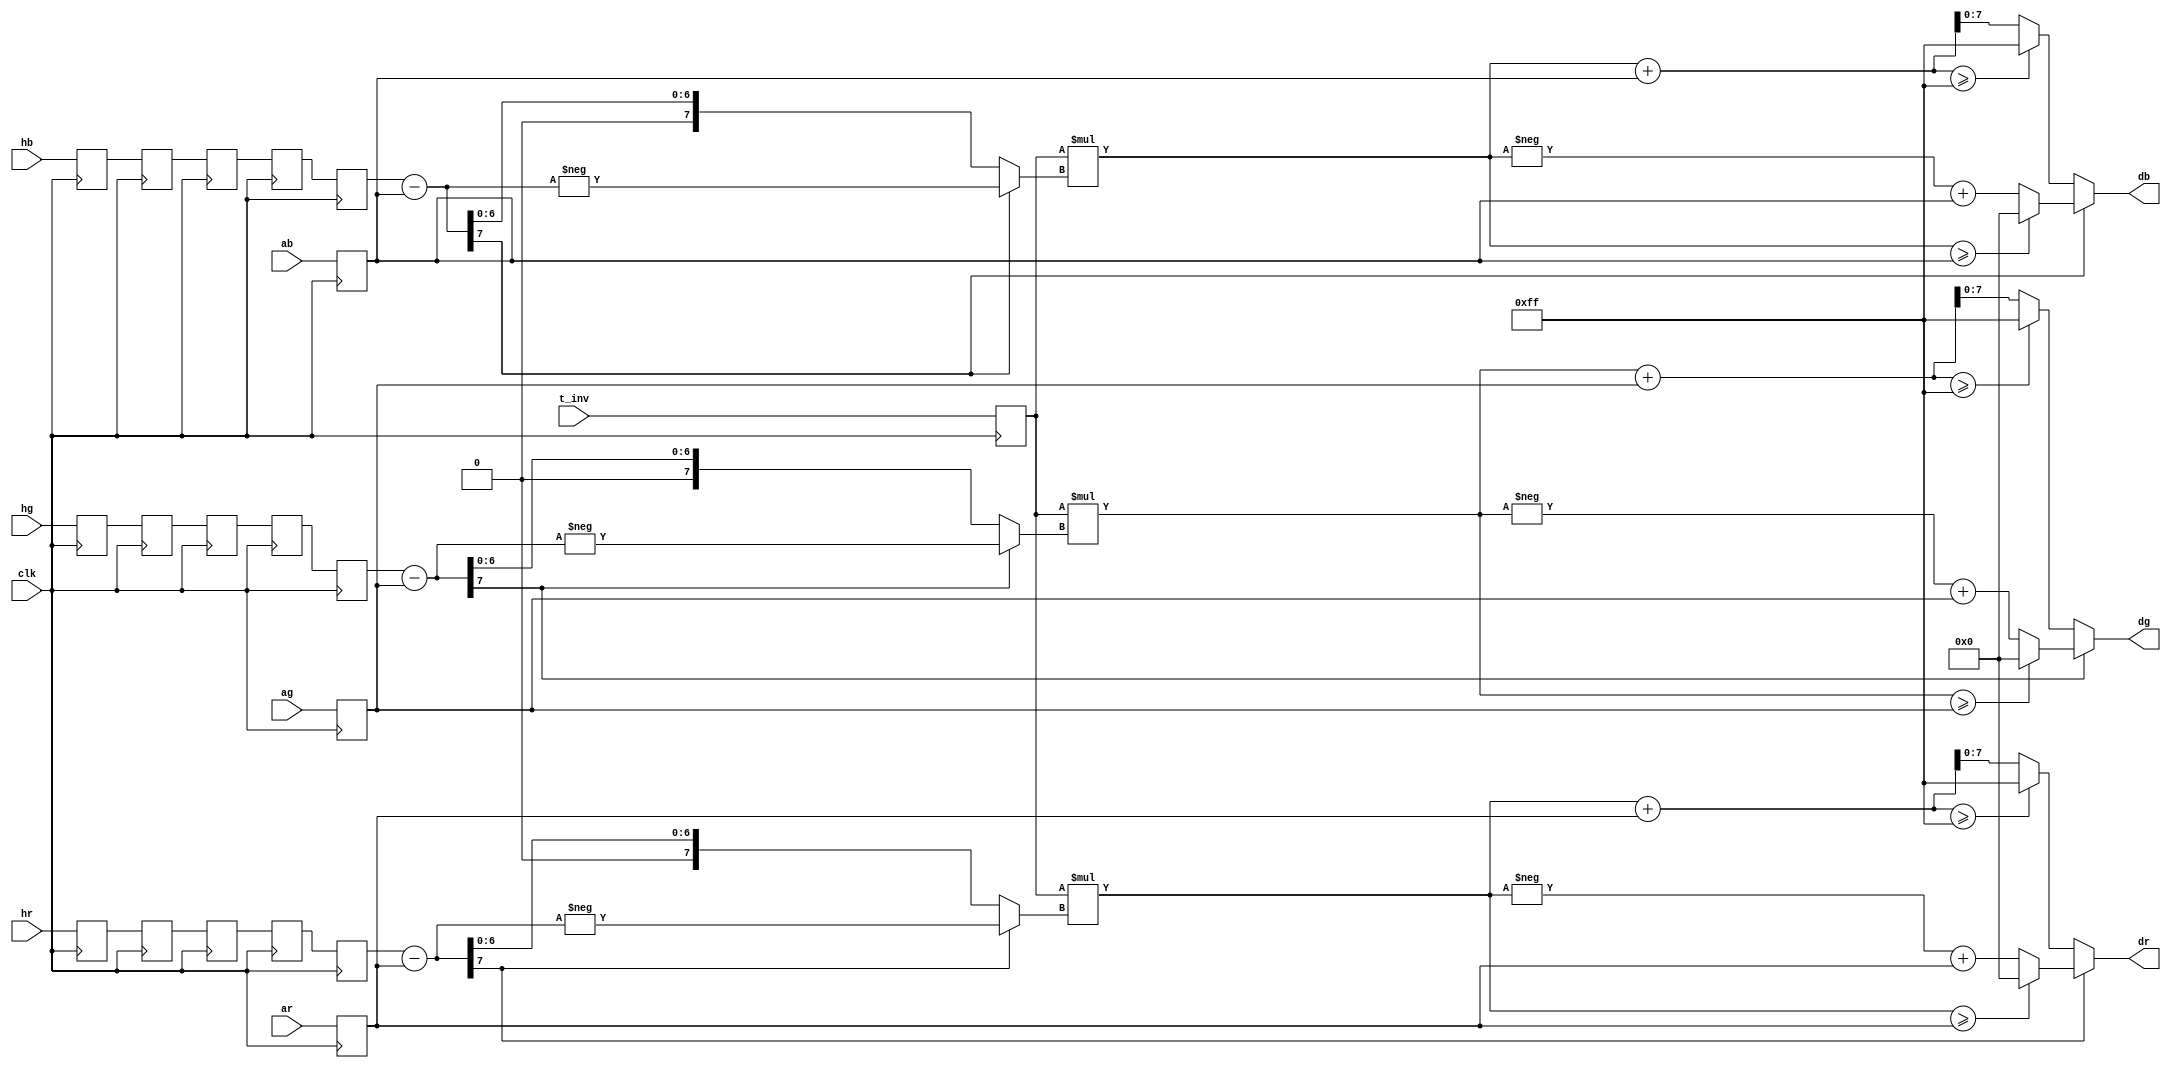
`timescale 1ns / 1ps

module scene_restoration(
input clk,
input [7:0] hr,hb,hg,
input [7:0] ar,ab,ag,
input [11:0] t_inv,
output [7:0] dr,dg,db
    );

wire [7:0]sub_r,check_r,check_b,check_g;
wire [7:0]sub_b;
wire [7:0]sub_g;
  
reg [7:0]temp_r,temp_b,temp_g,temp1r,temp1g,temp1b,temp2r,temp2g,temp2b,temp3r,temp3g,temp3b,temp4r,temp4g,temp4b,temp5r,temp5g,temp5b;

reg [11:0] temp_t;

    wire [7:0]s_r;
    wire [7:0]s_b;
    wire [7:0]s_g;
    
    
wire [7:0] sub_out1;    
reg [7:0] PR1,PR2,PR3,shift_out1,shift_out2,shift_out3;
wire [17:0] mul_r,mul_b,mul_g;


always@(posedge clk)
begin
        temp_t<=t_inv;
        temp_r<=ar;
        temp1r <= hr;
        temp2r <= temp1r;
        temp3r <= temp2r;
        temp4r <= temp3r;
        temp5r <= temp4r;
        
        
        temp_b<=ab;
        temp1b <=hb;
        temp2b <= temp1b;
        temp3b <= temp2b;
        temp4b <= temp3b;
        temp5b <= temp4b;
        
        
        
        
        temp_g<=ag; 
        temp1g<=hg;
        temp2g<= temp1g;
        temp3g<= temp2g;
        temp4g<= temp3g;
        temp5g<= temp4g;
        
        
        
        
 end
 
assign sub_r = (temp5r - temp_r);
assign sub_g = (temp5g - temp_g);
assign sub_b = (temp5b - temp_b);

 assign check_r = (sub_r[7]==0)?(sub_r):(-sub_r);
       assign check_g = (sub_g[7]==0)?(sub_g):(-sub_g);
        assign check_b = (sub_b[7]==0)?(sub_b):(-sub_b);
    
        

    assign  mul_r = temp_t*check_r;
    assign mul_b = temp_t*check_b;
     assign mul_g = temp_t*check_g;
     
        
        
       assign s_r = mul_r[7:0];
       assign s_b = mul_b[7:0];
       assign s_g = mul_g[7:0];
       
       
       
assign  dr=(sub_r[7]==0)?((s_r+temp_r>=255)?255:(s_r+temp_r)):((s_r>=temp_r)?0:(-s_r+temp_r));
assign  dg= (sub_g[7]==0)?((s_g+temp_g>=255)?255:(s_g+temp_g)):((s_g>=temp_g)?0:(-s_g+temp_g));
assign  db= (sub_b[7]==0)?((s_b+temp_b>=255)?255:(s_b+temp_b)):((s_b>=temp_b)?0:(-s_b+temp_b));
      
endmodule